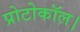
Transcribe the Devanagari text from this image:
प्रोटोकॉल।